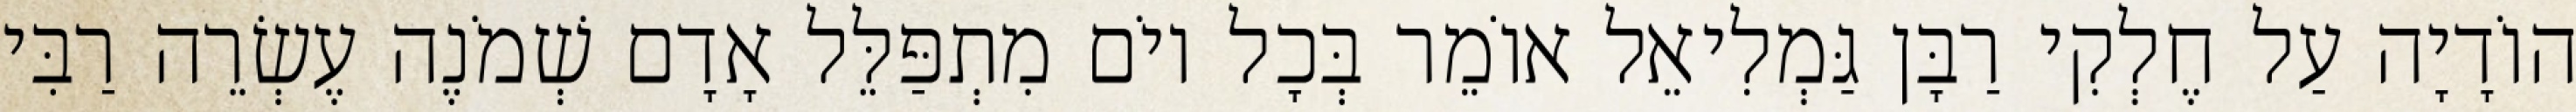
הוֹדָיָה עַל חֶלְקִי רַבָּן גַּמְלִיאֵל אוֹמֵר בְּכָל יוֹם מִתְפַּלֵּל אָדָם שְׁמֹנֶה עֶשְׂרֵה רַבִּי